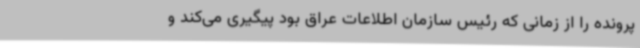
پرونده را از زمانی که رئیس سازمان اطلاعات عراق بود پیگیری می‌کند و